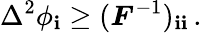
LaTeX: \Delta^{2}\phi_{\mathbf{i}}\geq(\boldsymbol{F}^{-1})_{\mathbf{i}\mathbf{i}}\, .